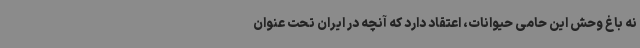
نه باغ وحش این حامی حیوانات، اعتقاد دارد که آنچه در ایران تحت عنوان